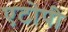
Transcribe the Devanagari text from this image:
एटोपी